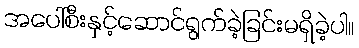
အပေါ်စီးနှင့်ဆောင်ရွက်ခဲ့ခြင်းမရှိခဲ့ပါ။